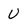
Character: U